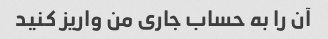
آن را به حساب جاری من واریز کنید